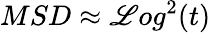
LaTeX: MSD\approx\mathscr{L}og^{2}(t)